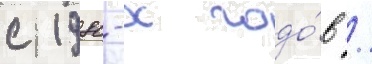
с 1980-х годо́в /